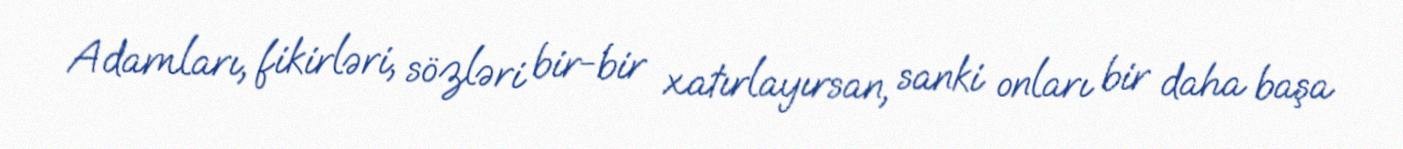
Adamları, fikirləri, sözləri bir-bir xatırlayırsan, sanki onları bir daha başa